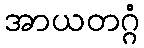
အာယတဂ္ဂံ